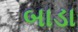
બાડા